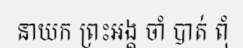
នាយក ព្រះអង្គ ចាំ បាត់ ពុំ